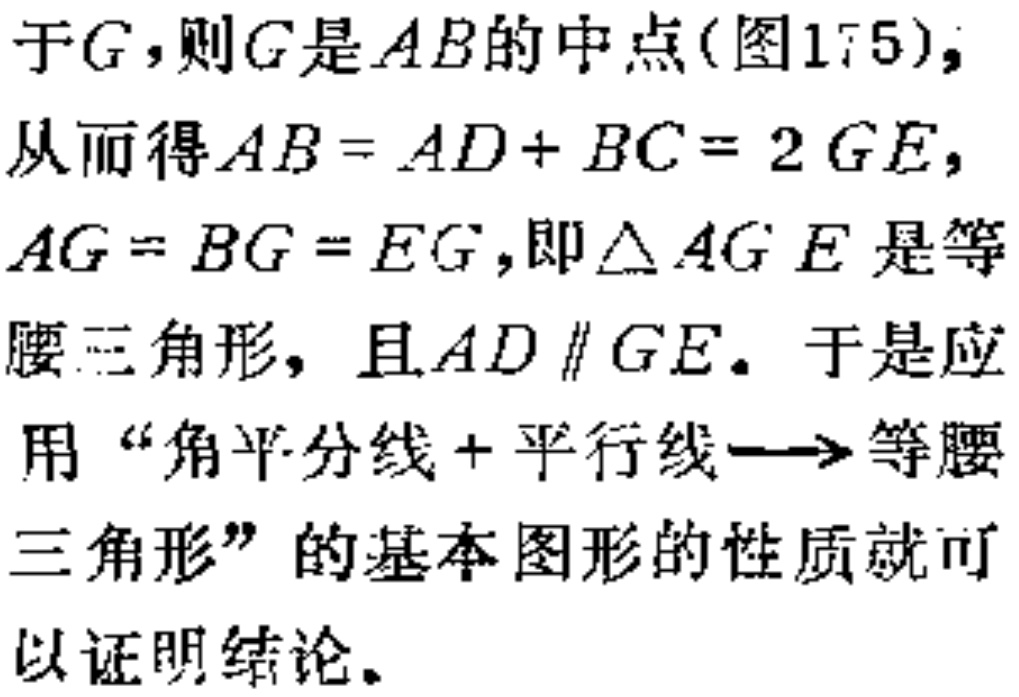
于\(G\)，则\(G\)是\(AB\)的中点(图175)；
从而得\(AB = AD + BC = 2GE\)，
\(AG = BG = EG\)，即\(\triangle AGE\)是等
腰三角形，且\(AD \parallel GE\)。于是应
用“角平分线+平行线\(\longrightarrow\)等腰
三角形”的基本图形的性质就可
以证明结论。